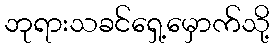
ဘုရားသခင်ရှေ့မှောက်သို့